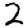
Digit: 2